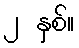
၂ နှစ်။